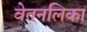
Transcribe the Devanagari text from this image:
वेतनलिका